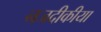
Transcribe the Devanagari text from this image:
नजदीकीया